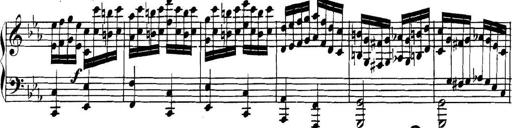
Title: Collected Piano Sonatas
Composer: Muzio Clementi